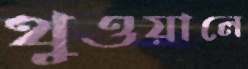
থুওয়ালে